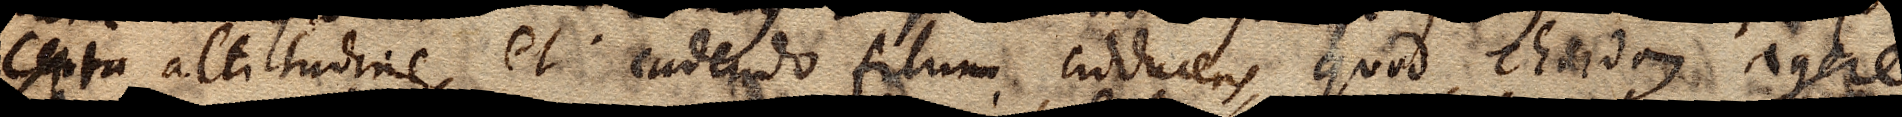
certa altitudine, et cadendo filum adducens quod chordam agere